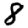
Digit: 8